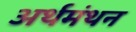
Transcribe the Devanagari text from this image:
अर्थमंथन